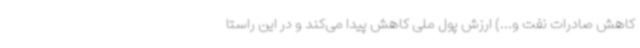
کاهش صادرات نفت و...) ارزش پول ملی کاهش پیدا می‌کند و در این راستا